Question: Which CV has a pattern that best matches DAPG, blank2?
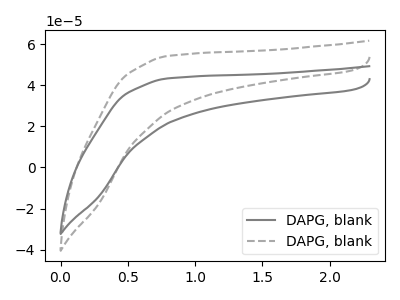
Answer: <think>The gray curve "DAPG, blank1" has no peaks. The gray dashed curve "DAPG, blank2" has no peaks.
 Neither "DAPG, blank1" or "DAPG, blank2" have any peaks.</think>
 <answer>The CV with the most similar shape to "DAPG, blank1" is "DAPG, blank2".</answer>
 <eval>"DAPG, blank2"</eval>